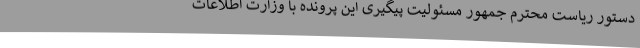
دستور ریاست محترم جمهور مسئولیت پیگیری این پرونده با وزارت اطلاعات